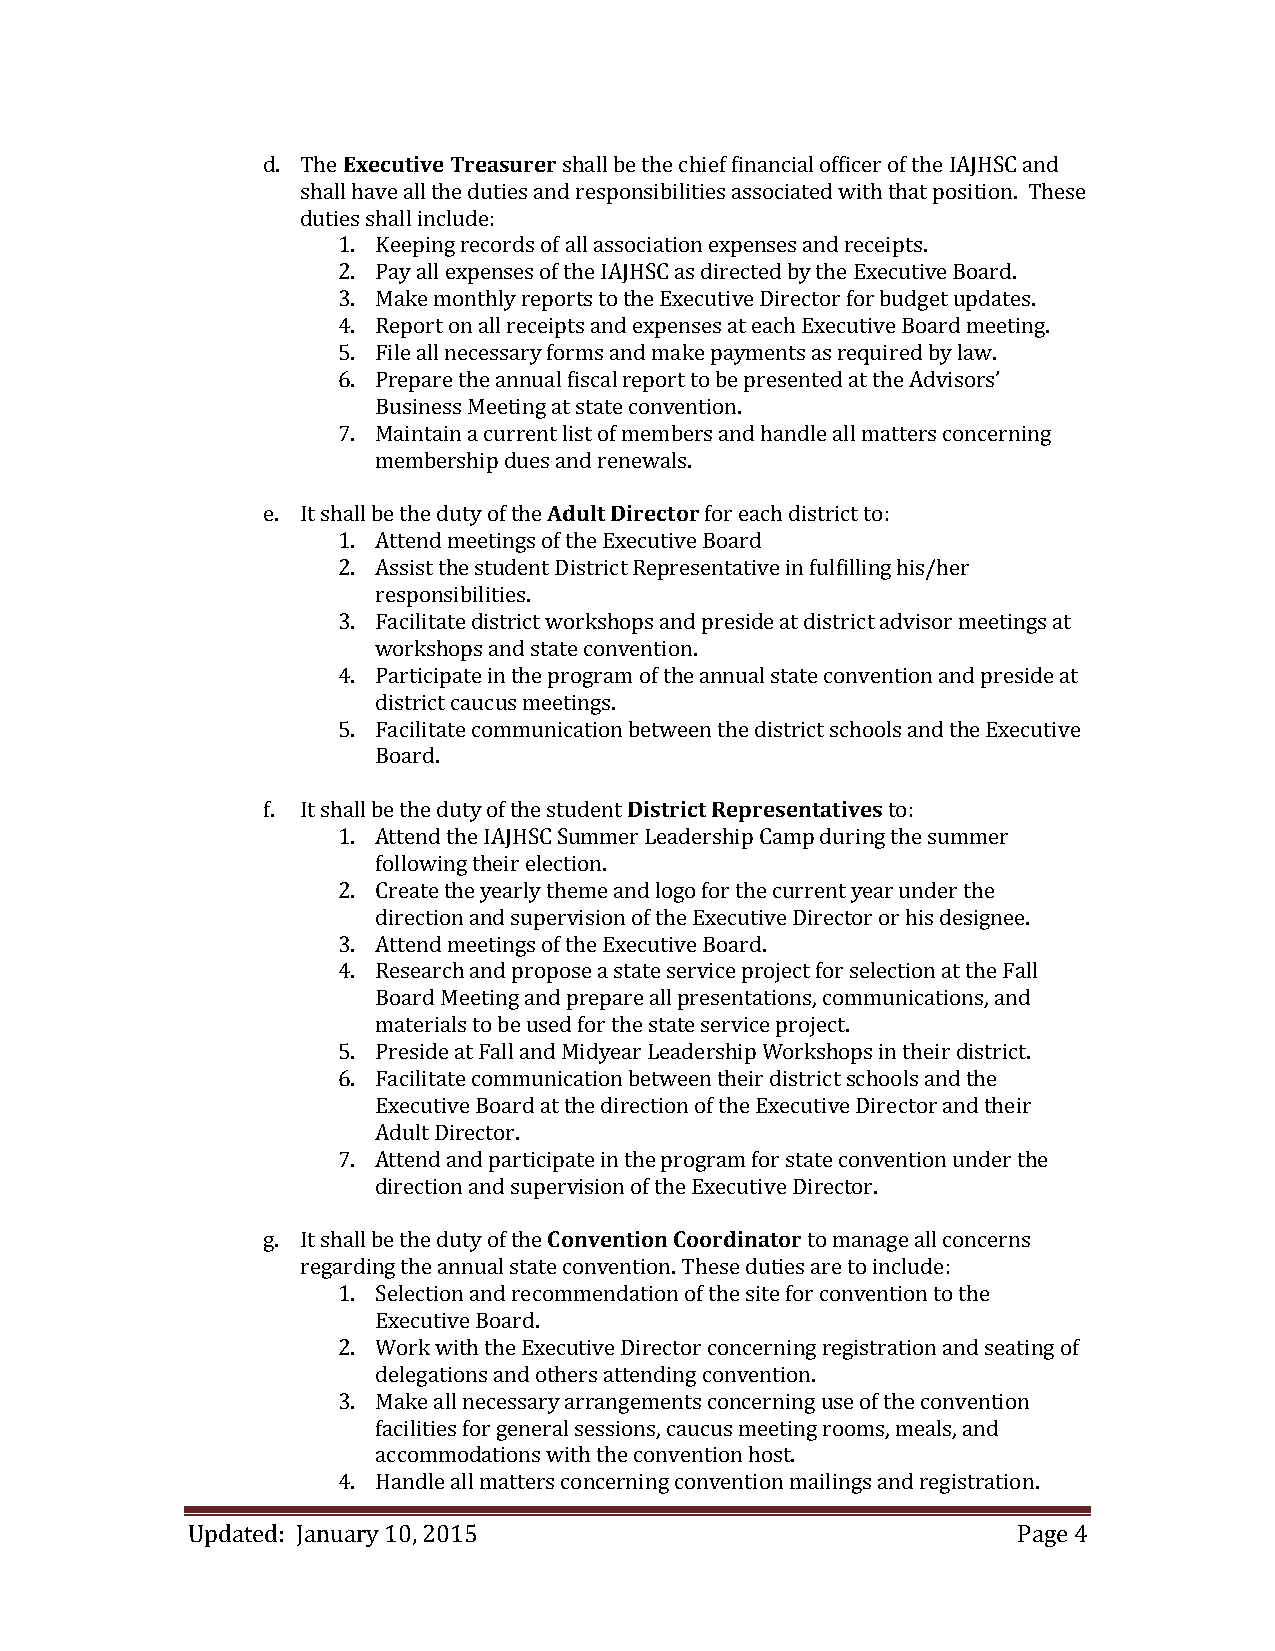
d. The Executive Treasurer shall be the chief financial officer of the IAJHSC and
 shall have all the duties and responsibilities associated with that position. These
 duties shall include:
 1. Keeping records of all association expenses and receipts.
 2. Pay all expenses of the IAJHSC as directed by the Executive Board.
 3. Make monthly reports to the Executive Director for budget updates.
 4. Report on all receipts and expenses at each Executive Board meeting.
 5. File all necessary forms and make payments as required by law.
 6. Prepare the annual fiscal report to be presented at the Advisors’
 Business Meeting at state convention.
 7. Maintain a current list of members and handle all matters concerning
 membership dues and renewals.
 e. It shall be the duty of the Adult Director for each district to:
 1. Attend meetings of the Executive Board
 2. Assist the student District Representative in fulfilling his/her
 responsibilities.
 3. Facilitate district workshops and preside at district advisor meetings at
 workshops and state convention.
 4. Participate in the program of the annual state convention and preside at
 district caucus meetings.
 5. Facilitate communication between the district schools and the Executive
 Board.
 f. It shall be the duty of the student District Representatives to:
 1. Attend the IAJHSC Summer Leadership Camp during the summer
 following their election.
 2. Create the yearly theme and logo for the current year under the
 direction and supervision of the Executive Director or his designee.
 3. Attend meetings of the Executive Board.
 4. Research and propose a state service project for selection at the Fall
 Board Meeting and prepare all presentations, communications, and
 materials to be used for the state service project.
 5. Preside at Fall and Midyear Leadership Workshops in their district.
 6. Facilitate communication between their district schools and the
 Executive Board at the direction of the Executive Director and their
 Adult Director.
 7. Attend and participate in the program for state convention under the
 direction and supervision of the Executive Director.
 g. It shall be the duty of the Convention Coordinator to manage all concerns
 regarding the annual state convention. These duties are to include:
 1. Selection and recommendation of the site for convention to the
 Executive Board.
 2. Work with the Executive Director concerning registration and seating of
 delegations and others attending convention.
 3. Make all necessary arrangements concerning use of the convention
 facilities for general sessions, caucus meeting rooms, meals, and
 accommodations with the convention host.
 4. Handle all matters concerning convention mailings and registration.
 Updated: January 10, 2015                              Page 4